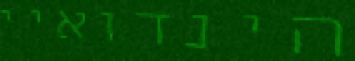
הינדואיי